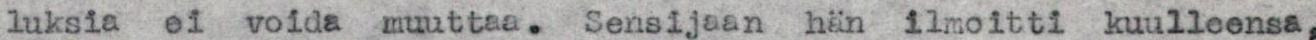
luksia  ei voida muuttaa. Sensijaan  hän ilmoitti kuulleensa